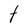
Character: t